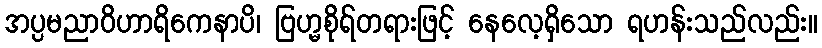
အပ္ပမညာဝိဟာရိကေနာပိ၊ ဗြဟ္မစိုရ်တရားဖြင့် နေလေ့ရှိသော ရဟန်းသည်လည်း။